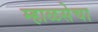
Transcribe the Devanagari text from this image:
म्हाळसेचा